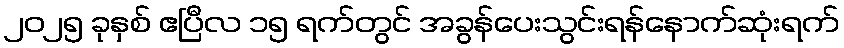
၂၀၂၅ ခုနှစ် ဧပြီလ ၁၅ ရက်တွင် အခွန်ပေးသွင်းရန်နောက်ဆုံးရက်